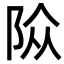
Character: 𨹊